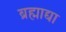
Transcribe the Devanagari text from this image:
ब्रह्माद्या